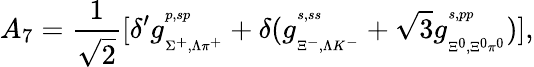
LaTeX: A_{7}=\frac{1}{\sqrt{2}}[\delta^{\prime}g_{{}_{\Sigma^{+},\Lambda\pi^{+}}}^{{}^{p,sp}}+\delta(g_{{}_{\Xi^{-},\Lambda K^{-}}}^{{}^{s,ss}}+\sqrt 3g_{{}_{\Xi^{0},\Xi^{0}\pi^{0}}}^{{}^{s,pp}})],